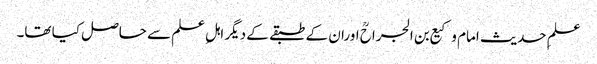
علمِ حدیث امام وکیع بن الجراحؒ اوران کے طبقے کے دیگر اہلِ علم سے حاصل کیا تھا۔